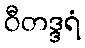
ဝီတဒ္ဒရံ